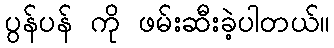
ပွန်ပန် ကို ဖမ်းဆီးခဲ့ပါတယ်။